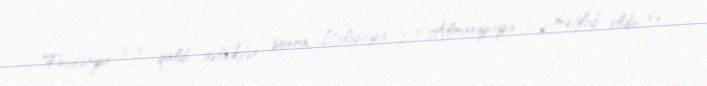
Fransaya 3-0 qalib gəldikdən sonra, İtaliyaya 3-0 Almaniyaya 3-2 məğlub oldu və